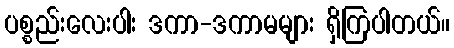
ပစ္စည်းလေးပါး ဒကာ-ဒကာမများ ရှိကြပါတယ်။